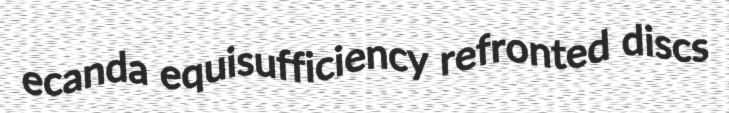
ecanda equisufficiency refronted discs